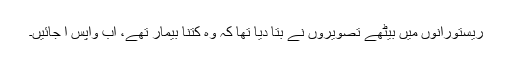
ریستورانوں میں بیٹھے تصویروں نے بتا دیا تھا کہ وہ کتنا بیمار تھے، اب واپس آ جائیں۔